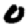
Digit: 0